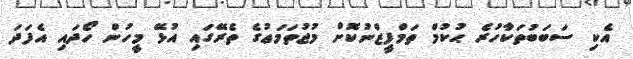
އެކި ސަބަބުތަކާހުރެ ޙުކުމް ތަމްފީޒްނުކޮށް މުޖުތަމަޢުގެ ތެރޭގައި އުޅޭ މީހުން ހޯދައި އެފަދަ